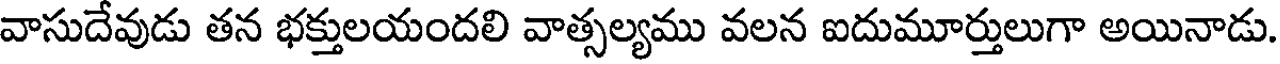
వాసుదేవుడు తన భక్తులయందలి వాత్సల్యము వలన ఐదుమూర్తులుగా అయినాడు.